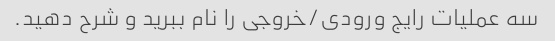
سه عملیات رایج ورودی/خروجی را نام ببرید و شرح دهید.